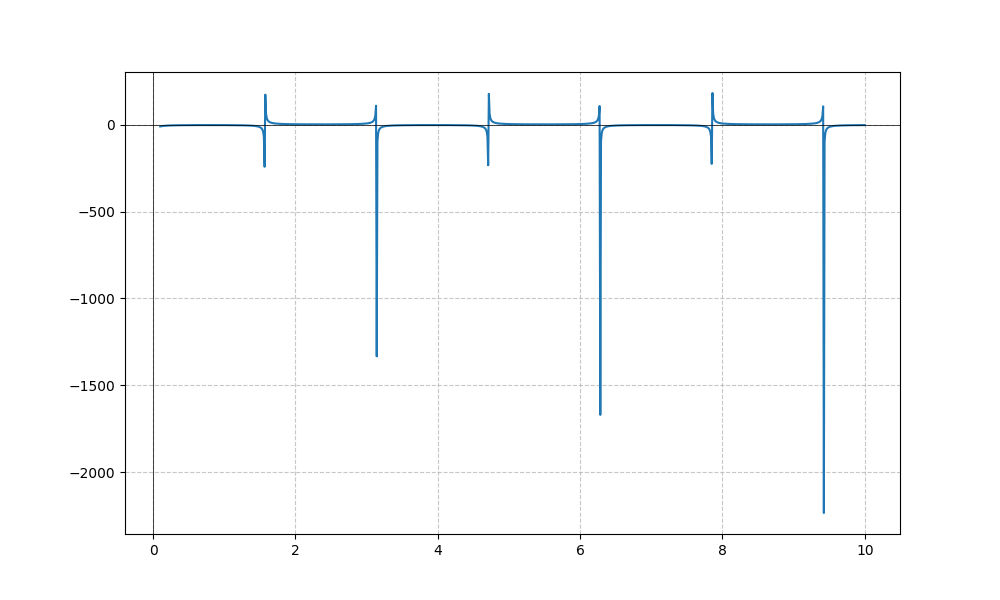
LaTeX formula: - \tan{\left(x \right)} - \cot{\left(x \right)}